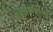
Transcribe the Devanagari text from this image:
शोर्धकत्ताओं